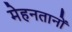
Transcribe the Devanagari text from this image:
मेहनतानों